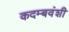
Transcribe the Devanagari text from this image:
कदम्बवंशी